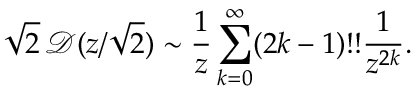
\sqrt 2 \, \mathcal D ( z / \sqrt 2 ) \sim \frac { 1 } { z } \sum _ { k = 0 } ^ { \infty } ( 2 k - 1 ) ! ! \frac { 1 } { z ^ { 2 k } } .